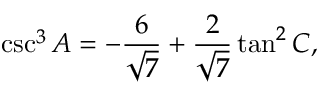
\csc ^ { 3 } A = - { \frac { 6 } { \sqrt { 7 } } } + { \frac { 2 } { \sqrt { 7 } } } \tan ^ { 2 } C ,